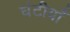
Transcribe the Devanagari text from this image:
घंटीयाँ